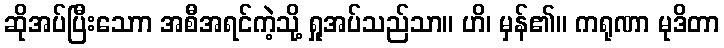
ဆိုအပ်ပြီးသောာ အစီအရင်ကဲ့သို့ ရှုအပ်သည်သာ။ ဟိ၊ မှန်၏။ ကရုဏာ မုဒိတာ